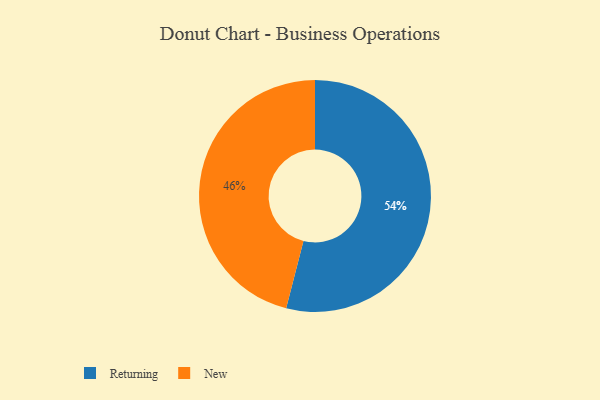
{"axis": {"x": "Category", "y": "Percentage"}, "legend": ["New", "Returning"], "data": [{"x": "New", "y": 46, "type": "New"}, {"x": "Returning", "y": 54, "type": "Returning"}]}